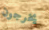
يخرجون